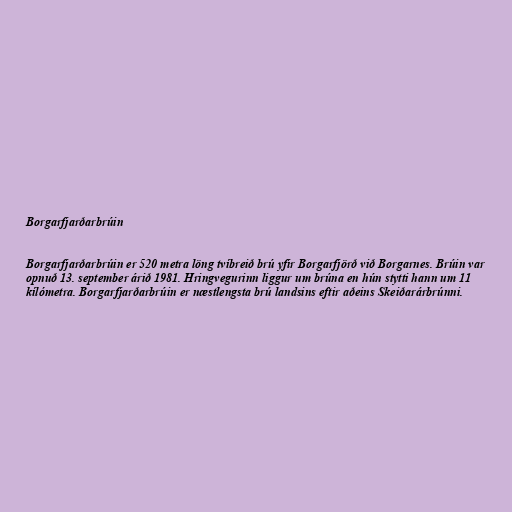
Borgarfjarðarbrúin

Borgarfjarðarbrúin er 520 metra löng tvíbreið brú yfir Borgarfjörð við Borgarnes. Brúin var
opnuð 13. september árið 1981. Hringvegurinn liggur um brúna en hún stytti hann um 11
kílómetra. Borgarfjarðarbrúin er næstlengsta brú landsins eftir aðeins Skeiðarárbrúnni.